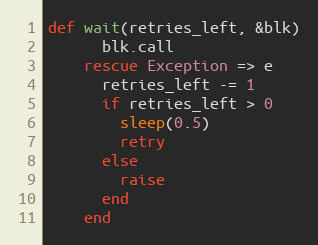
Language: Ruby
def wait(retries_left, &blk)
      blk.call
    rescue Exception => e
      retries_left -= 1
      if retries_left > 0
        sleep(0.5)
        retry
      else
        raise
      end
    end